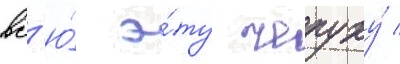
вс'ю́ э́ту чепуху́ /